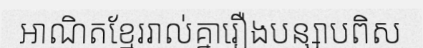
អាណិតខ្មែររាល់គ្នារឿងបន្សាបពិស